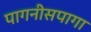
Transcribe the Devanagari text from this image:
पागनीसपागा